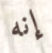
إنه